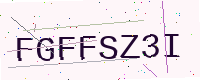
Text: FGFFSZ3I